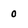
Character: 0